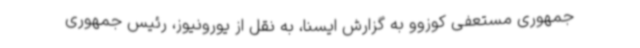
جمهوری مستعفی کوزوو به گزارش ایسنا، به نقل از یورونیوز، رئیس جمهوری